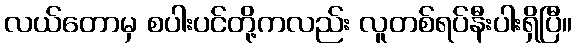
လယ်တောမှ စပါးပင်တို့ကလည်း လူတစ်ရပ်နီးပါးရှိပြီ။